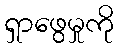
ရှာဖွေမှုကို